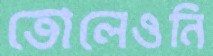
তোলেওনি